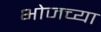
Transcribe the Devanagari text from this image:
भोजच्या